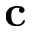
\textbf { c }